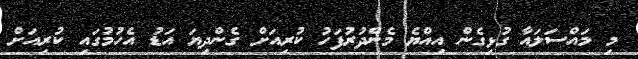
މި މައްސަލައާ ގުޅިގެން އިއްޔެ މެންދުރުފަހު ކުރިއަށް ގެންދިޔަ އަޑު އެހުމުގައި ކުރިއަށް